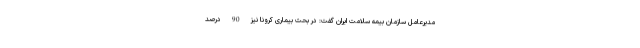
مدیرعامل سازمان بیمه سلامت ایران گفت: در بحث بیماری کرونا نیز 90 درصد